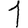
Digit: 1